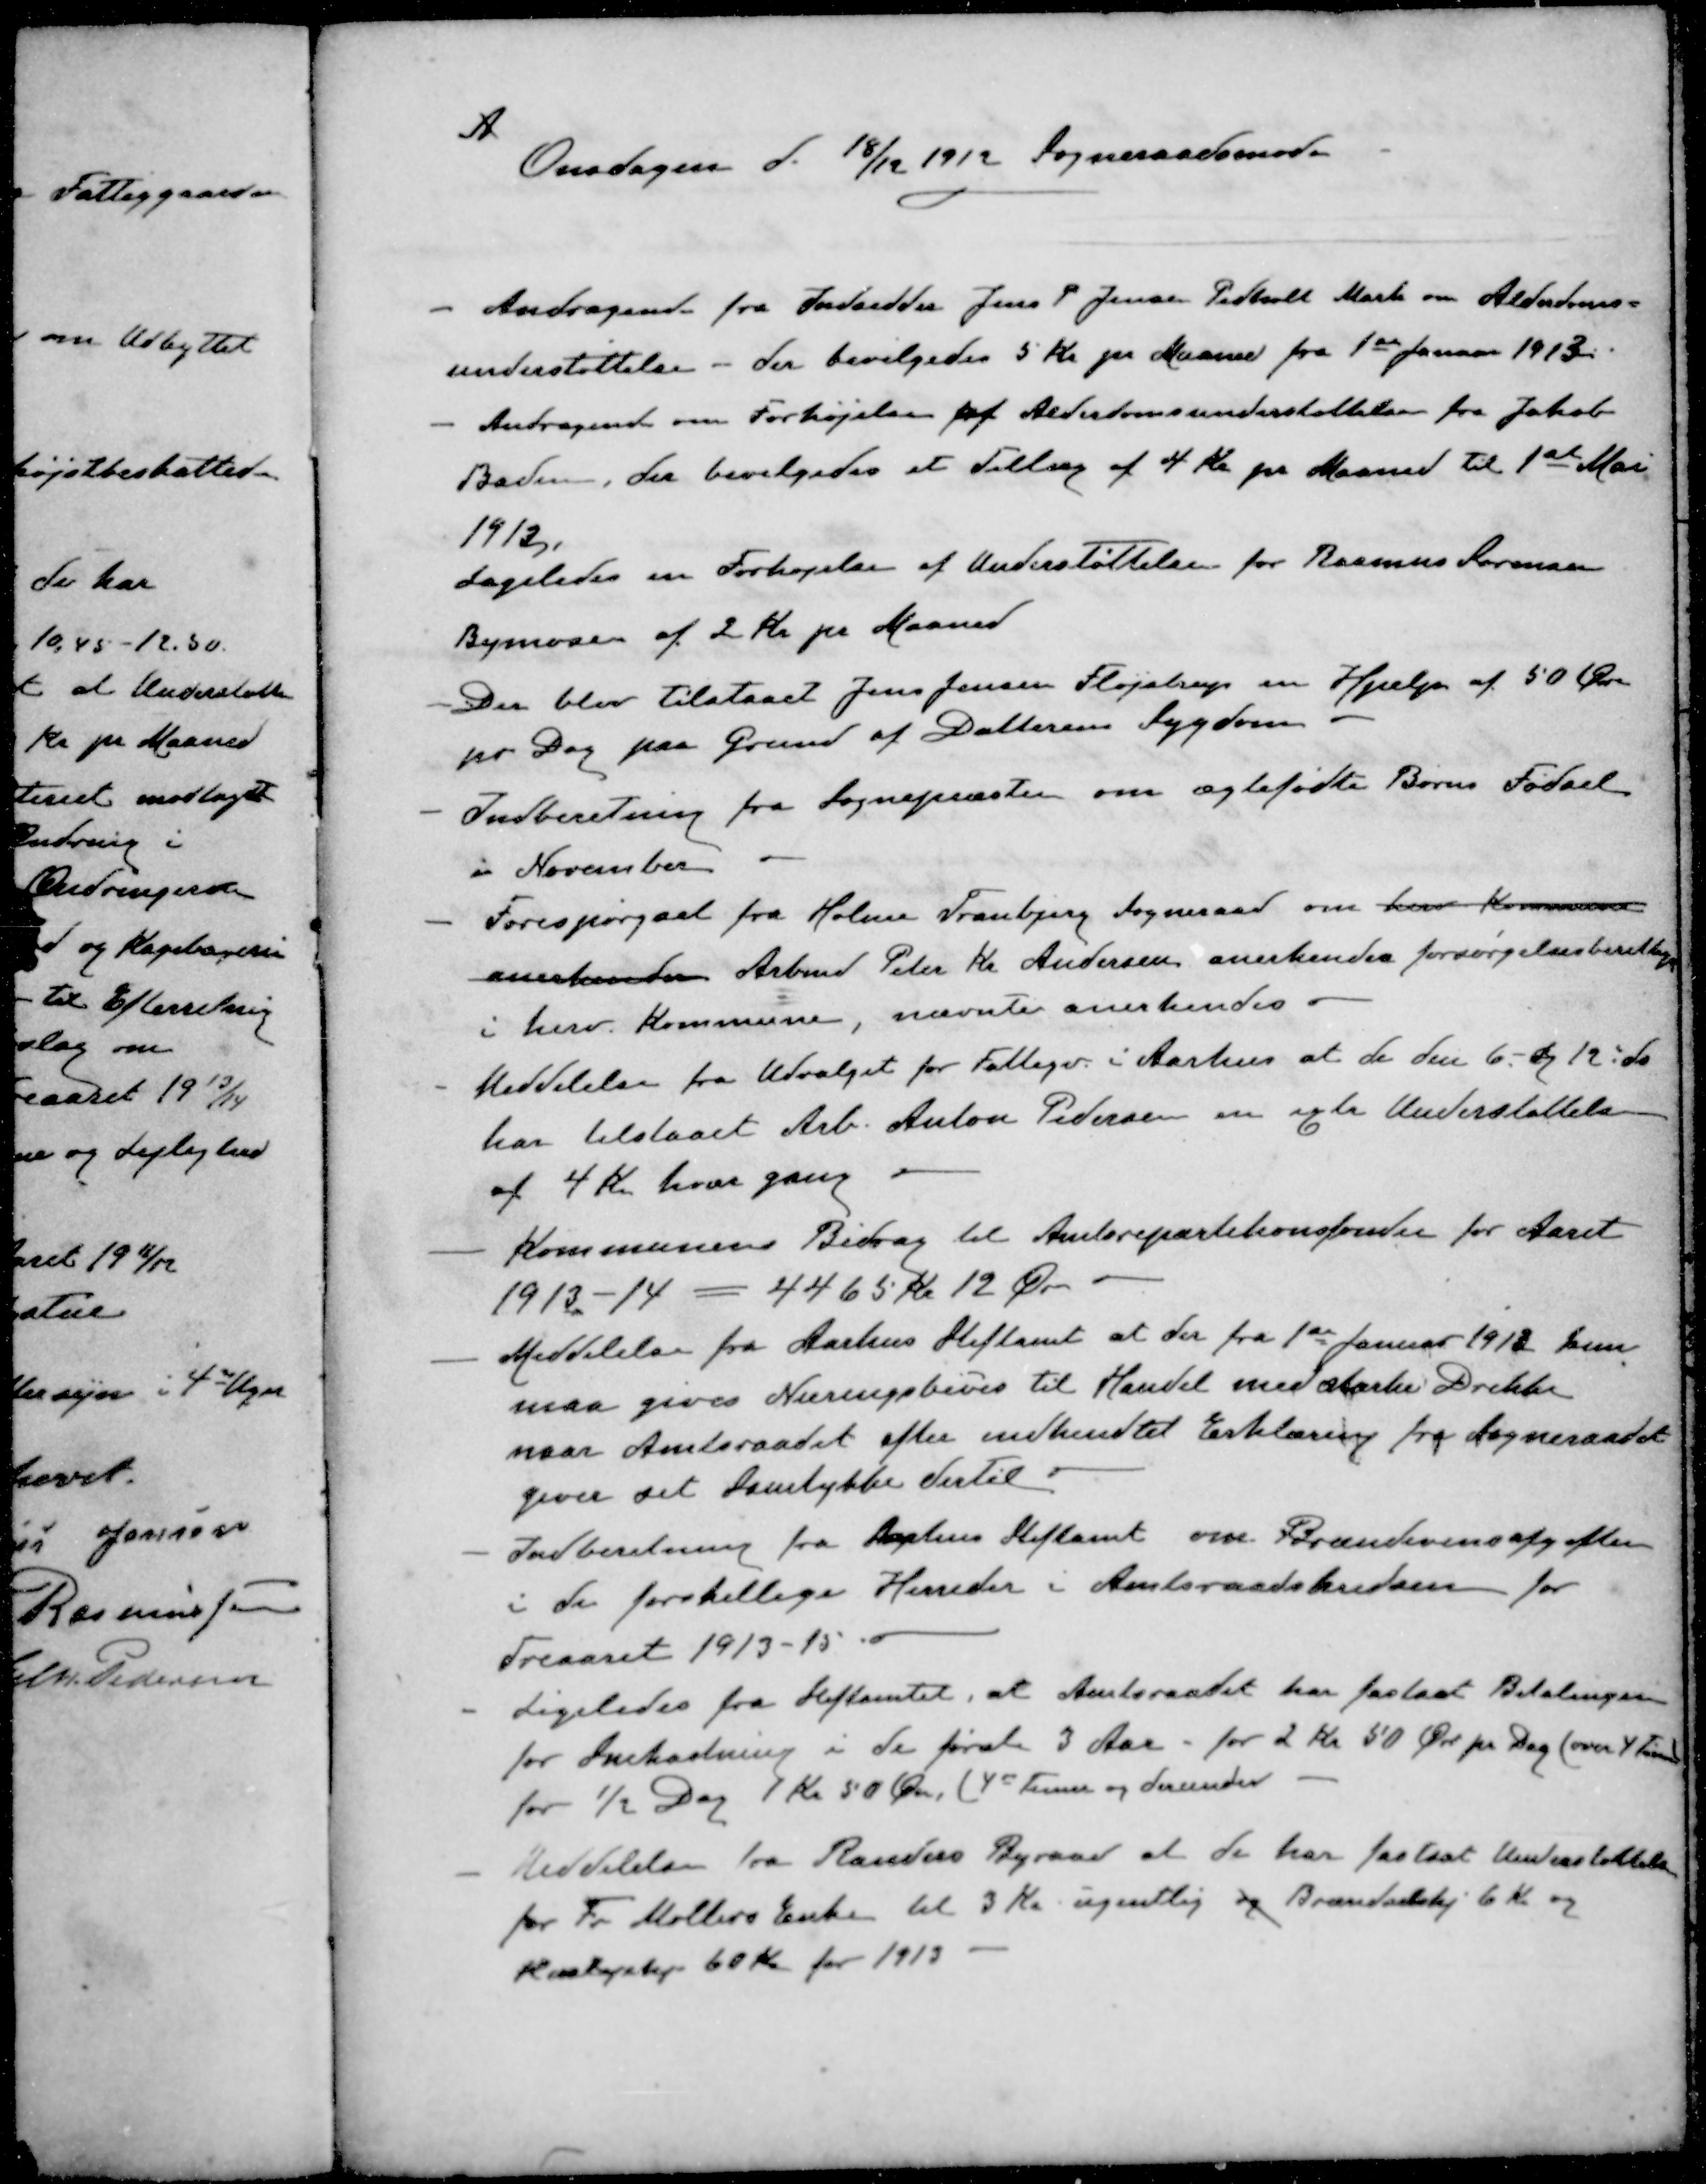
Transskription:
A
Onsdagen d. 18/12 1912 Sogneraadsmøde
- Andragende fra Indsidder Jens P Jensen Pedholt Mark om Alderdoms-
understøttelse - der bevilgedes 5 Kr pr Maaned fra 1st Januar 1913.
- Andragende om Forhøjelse af Alderdomsunderstøttelse fra Jakob
Baden, der bevilgedes et Tillæg af 4 Kr pr Maaned til 1ste Mai
1913.
Ligeledes en Forhøjelse af Understøttelsen for Rasmus Sørensen
Bymosen af 2 Kr pr Maaned
- Der blev tilstaaet Jens Jensen Fløjstrup en Hjælp af 50 Øre
pr Dag paa Grund af Datterens Sygdom
- Indberetning fra Sognepræster om ægtefødte Børns Fødsel
i November
- Forespørgsel fra Holme Tranbjerg Sogneraad om herv kommune
anerkender Arbmd Peter Kr. Andersen anerkendes forsørgelsesberettiget
i herv. Kommune, nævnte anerkendes i
- Meddelelse fra Udvalget for Fattigv. i Aarhus at de den 6 - og 12 ds
har tilstaaet Arb. Anton Pedersen en axtra Understøttelse
af 4 Kr. hvor gang
- Kommunens Bidrag til Amtsrepartitionsfonder for Aaret
1913-14 = 4465 Kr 12 Øre
- Meddelelse fra Aarhus Stiftamt at der fra 1ste Januar 1912 kun
maa gives Næringsbevis til Handel med stærke Drikke
naar Amtsraadet efter indkendtes Erklæring fra Sogneraadet
giver sit Samtykke dertil
- Indberetning fra Aarhus Stiftamt om Brændevinsafgiften
i de forskellige Herreder i Amtsraadskredsen for
Treaaret 1913-15
- Ligeledes fra Stiftamtet, at Amtsraadet har fastsat Betalingen
for Snekastning i de første 3 Aar for 2 kr 50 Øre pr Dag (over 4 Timer
for ½ Dag 1 Kr 50 Øre (4 Timer og derunder
- Meddelelse fra Randers Byraad at de har fastsat Understøttelse
for Fr Møllers Enke til 3 Kr ugentlig og Brændselshj 6 Kr og
Huslejehj 60 Kr for 1913